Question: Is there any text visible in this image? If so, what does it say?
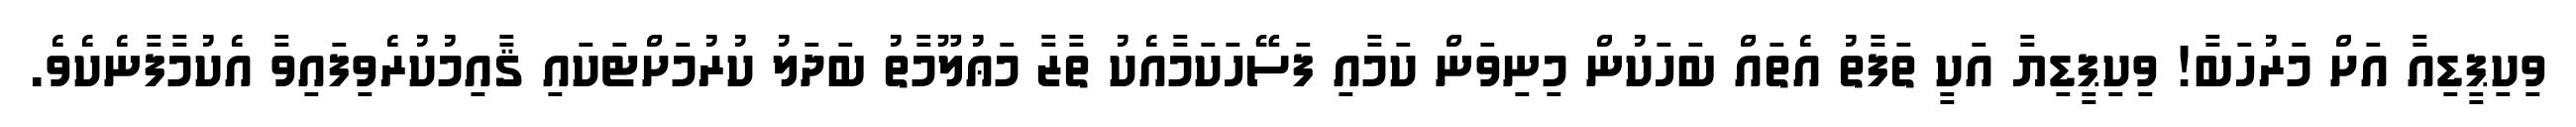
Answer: ވިކިޕީޑިއާ އަށް މަރުހަބާ! ވިކިޕީޑިޔާ އަކީ ތަފާތު އެތައް ބަހަކުން މިނިވަން ކަމާއި ފަސޭހަކަމާއެކު ތާޒާ މަޢުލޫމާތު ބަދަލު ކުރުމަށްޓަކައި ޤާއިމުކުރެވިފައިވާ އެކުމާފާނެކެވެ.